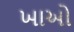
ખાઓ